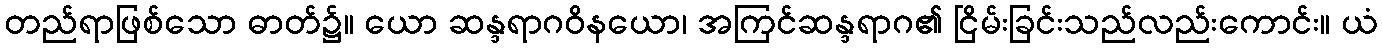
တည်ရာဖြစ်သော ဓာတ်၌။ ယော ဆန္ဒရာဂဝိနယော၊ အကြင်ဆန္ဒရာဂ၏ ငြိမ်းခြင်းသည်လည်းကောင်း။ ယံ